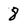
Character: 8